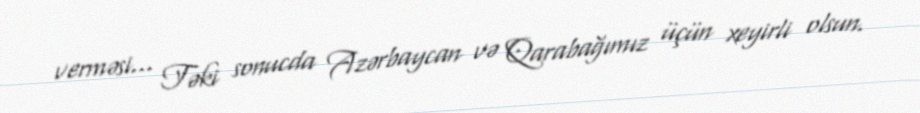
verməsi... Təki sonucda Azərbaycan və Qarabağımız üçün xeyirli olsun.